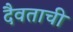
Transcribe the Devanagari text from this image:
दैवताची